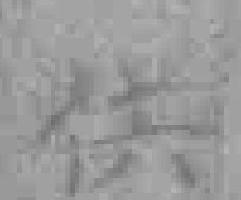
供